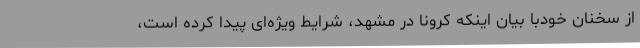
از سخنان خودبا بیان اینکه کرونا در مشهد، شرایط ویژه‌ای پیدا کرده است،